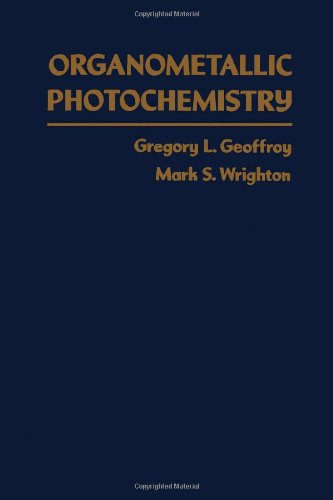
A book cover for Organometallic Photochemistry; Gregory L. Geoffroy; Science & Math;